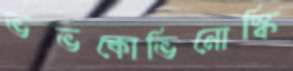
ভভকোভিনোস্কি